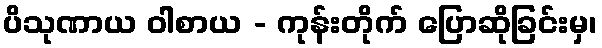
ပိသုဏာယ ဝါစာယ - ကုန်းတိုက် ပြောဆိုခြင်းမှ၊